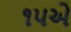
૧૫એ